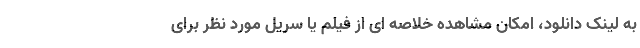
به لینک دانلود، امکان مشاهده خلاصه ای از فیلم یا سریل مورد نظر برای